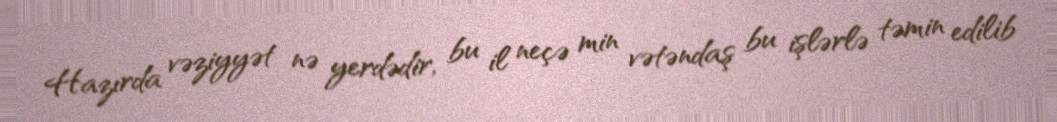
Hazırda vəziyyət nə yerdədir, bu il neçə min vətəndaş bu işlərlə təmin edilib